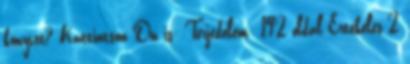
könyvet? Kattintson Ön is: Terjedelem: 192 oldal Értékelés 2